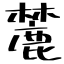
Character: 麓